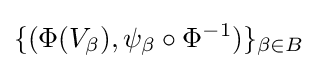
\{(\Phi (V_{\beta }),\psi _{\beta }\circ \Phi ^{-1})\}_{\beta \in B}